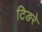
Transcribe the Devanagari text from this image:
टिङरे